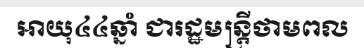
អាយុ៤៤ឆ្នាំ ជារដ្ឋមន្ត្រីថាមពល